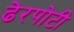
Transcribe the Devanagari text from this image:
ढेरपोटी